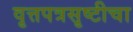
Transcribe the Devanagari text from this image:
वृत्तपत्रसृष्टीचा